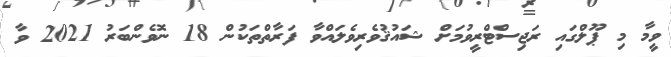
ވީމާ މި ޕޫލްގައި ރަޖިސްޓްރީވުމަށް ޝައުޤުވެރިވެލައްވާ ފަރާތްތަކުން 18 ނޮވެންބަރު 2021 ވާ